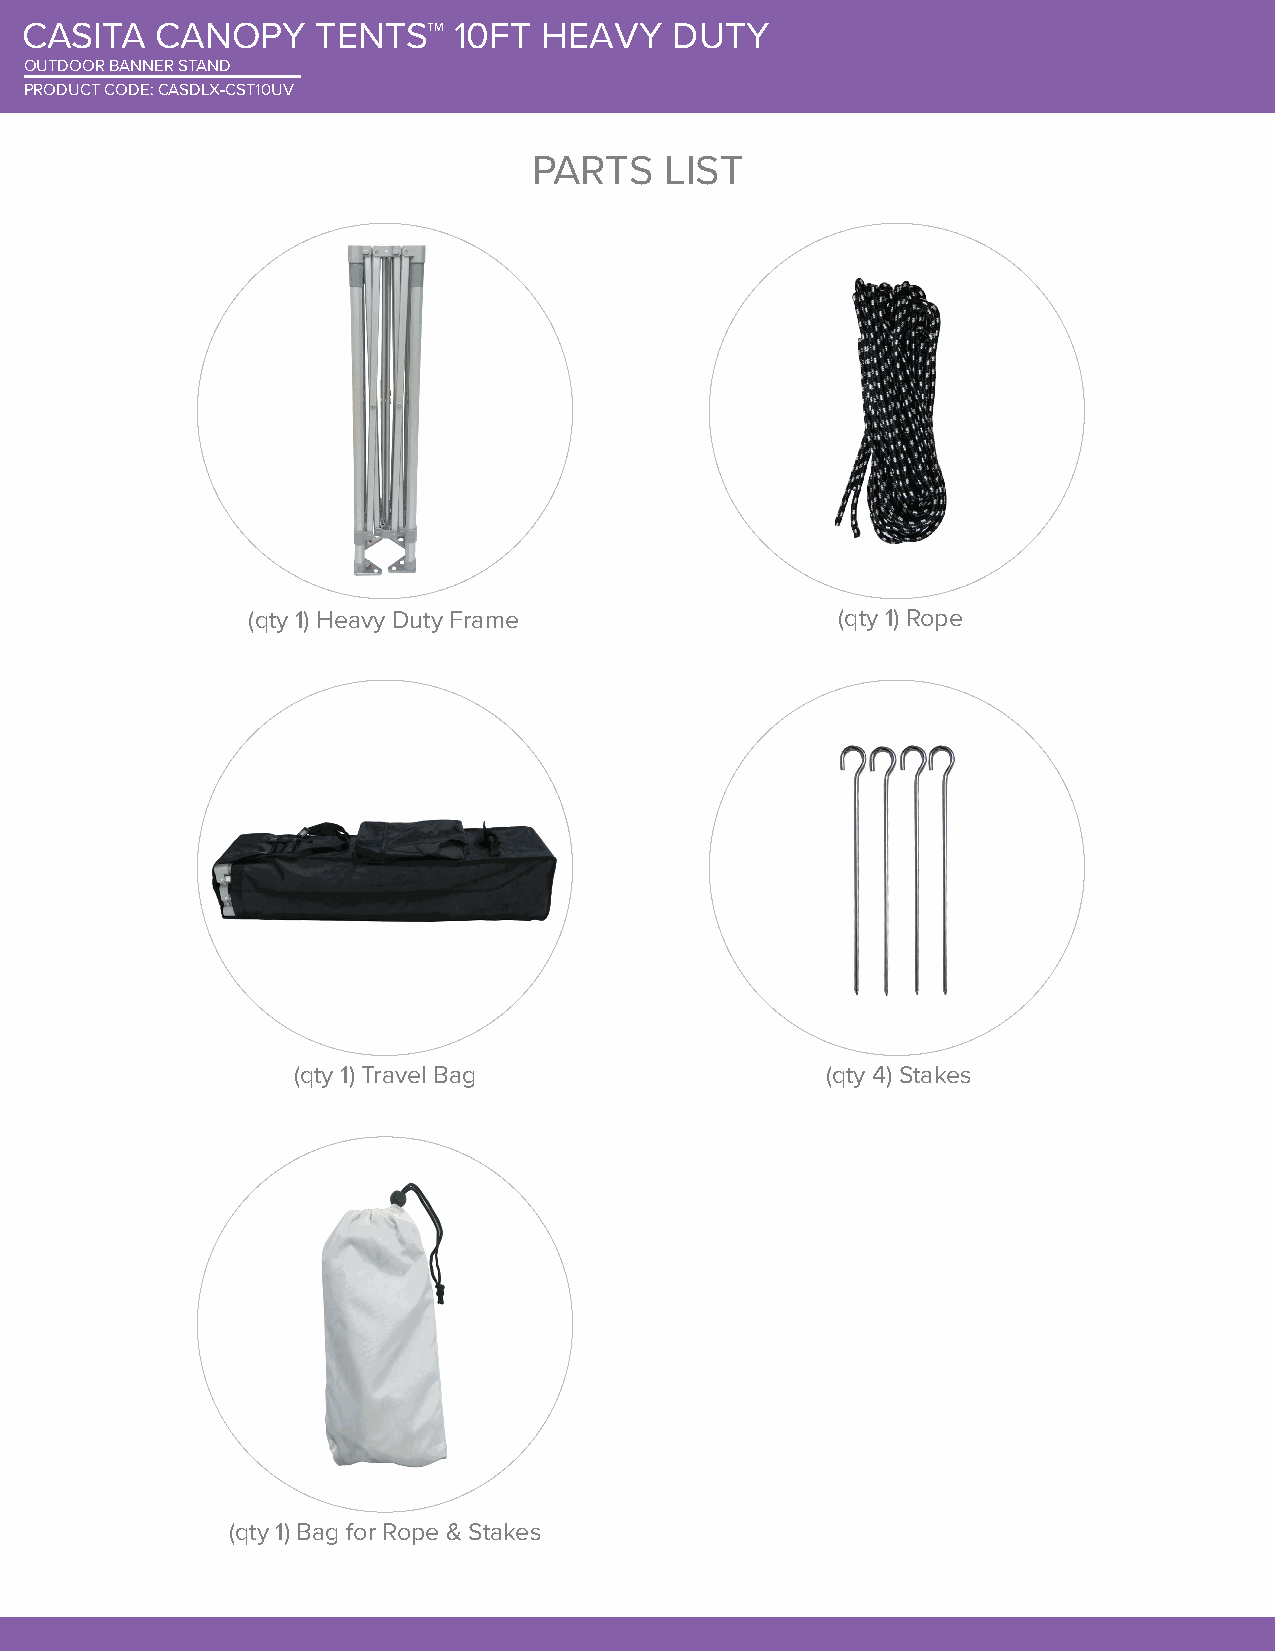
CASITA   CANOPY     TENTS™   10FT  HEAVY    DUTY
 OUTDOOR BANNER STAND
 PRODUCT CODE: CASDLX-CST10UV
 PARTS    LIST
 (qty 1) Heavy Duty Frame               (qty 1) Rope
 (qty 1) Travel Bag                  (qty 4) Stakes
 (qty 1) Bag for Rope & Stakes